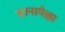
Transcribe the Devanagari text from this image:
दानापेक्षा